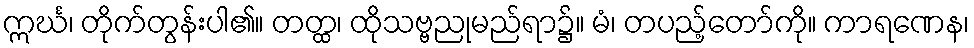
ဣင်္ဃ၊ တိုက်တွန်းပါ၏။ တတ္ထ၊ ထိုသဗ္ဗညုမည်ရာ၌။ မံ၊ တပည့်တော်ကို။ ကာရဏေန၊